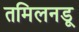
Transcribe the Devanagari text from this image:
तमिलनडू